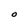
Character: O